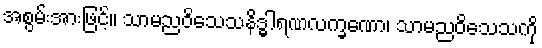
အစွမ်းအားဖြင့်။ သာမညဝိသေသနိဒ္ဓါရဏလက္ခဏော၊ သာမညဝိသေသကို